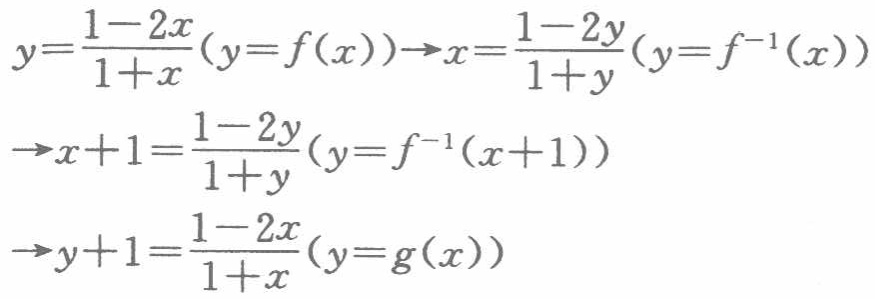
\[

\begin{align*}

y = \frac{1 - 2x}{1 + x}(y = f(x))&\to x=\frac{1 - 2y}{1 + y}(y = f^{-1}(x))\\

&\to x + 1=\frac{1 - 2y}{1 + y}(y = f^{-1}(x + 1))\\

&\to y + 1=\frac{1 - 2x}{1 + x}(y = g(x))

\end{align*}

\]